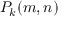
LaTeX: P _ { k } ( m , n )